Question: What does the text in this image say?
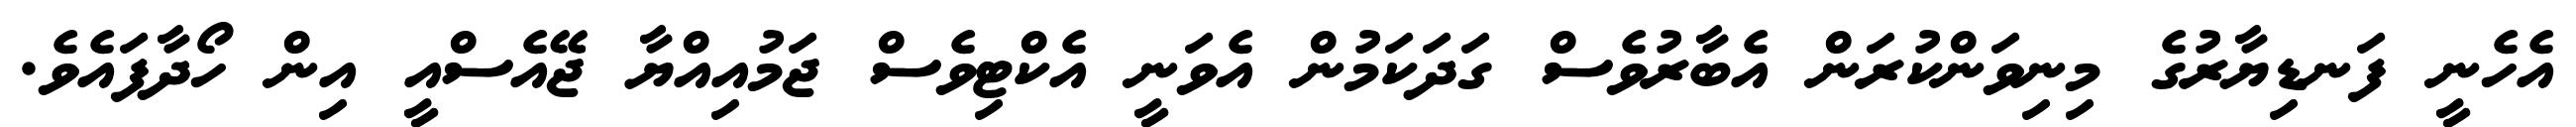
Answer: އެހެނީ ފަނޑިޔާރުގެ މިނިވަންކުރަން އެބާރުވެސް ގަދަކަމުން އެވަނީ އެކްޓިވެސް ޖަމުއިއްޔާ ޖޭއެސްއީ އިން ހޯދާފައެވެ.